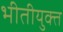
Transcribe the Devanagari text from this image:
भीतीयुक्त